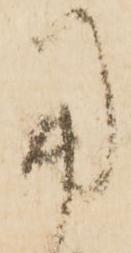
用